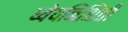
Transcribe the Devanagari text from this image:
ध्येयनिश्चिती